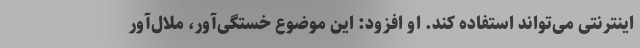
اینترنتی می‌تواند استفاده کند. او افزود: این موضوع خستگی‌آور، ملال‌آور